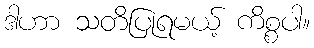
ဒါဟာ သတိပြုရမယ့် ကိစ္စပါ။